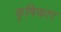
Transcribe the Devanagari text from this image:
कृषिकार